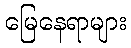
မြေနေရာများ